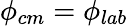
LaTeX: \phi_{cm}=\phi_{lab}